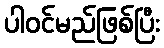
ပါဝင်မည်ဖြစ်ပြီး